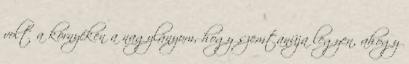
volt a környéken a nagylányom, hogy szemtanúja legyen, ahogy